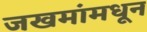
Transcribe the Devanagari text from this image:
जखमांमधून